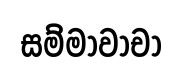
සම්මාවාචා